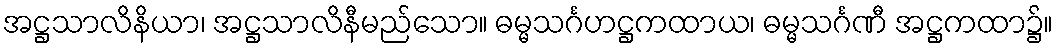
အဋ္ဌသာလိနိယာ၊ အဋ္ဌသာလိနီမည်သော။ ဓမ္မသင်္ဂဟဋ္ဌကထာယ၊ ဓမ္မသင်္ဂဏီ အဋ္ဌကထာ၌။